King Institute of Preventive Medicine Micro-Biological Section reports 1909-11
Year: 1909
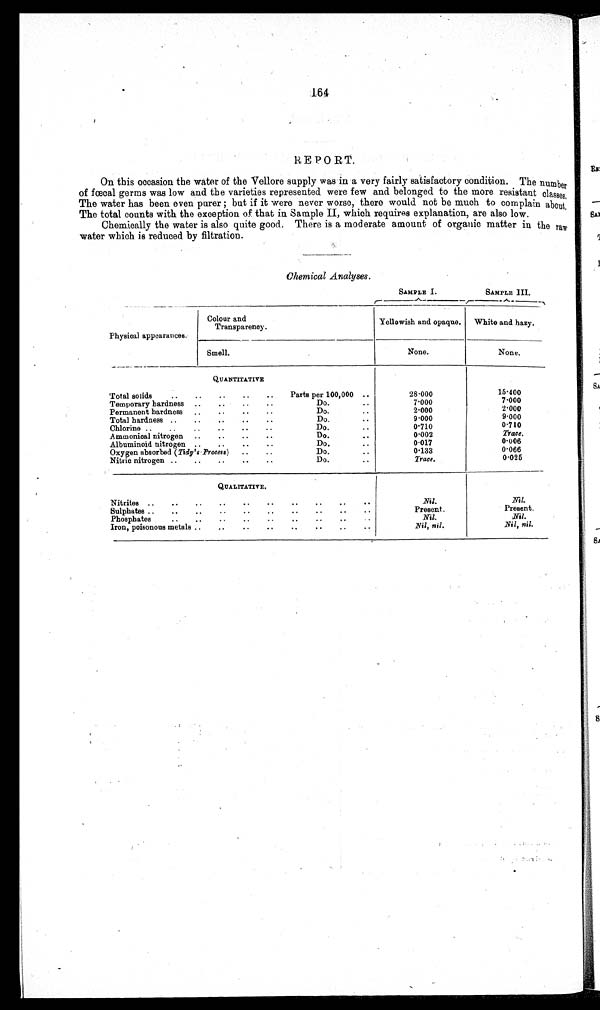
16 4
REPORT.
On this occasion the water of the Vellore supply was in a very fairly satisfactory condition. The number
of fœcal germs was low and the varieties represented were few and belonged to the more resistant classes,
The water has been even purer ; but if it were never worse, there would not be much to complain about,
The total counts with the exception of that in Sample II, which requires explanation, are also low.
Chemically the water is also quite good. There is a moderate amount of organic matter in the raw
water which is reduced by filtration.
Chemical Analyses.
SAMPLE I.
SAMPLE III.
Physical appearances.
Colour and
Transparency.
Yellowish and opaque.
White and hazy.
Smell.
None.
None.
QUANTITATIVE
Total solids
..
..
..
..
..
Parts per 100,000 ..
28·000
15·400
7·000
7·000
Temporary hardness
..
..
..
..
Do...
2·000
2·000
Permanent hardness
..
..
..
..
..
Do...
9·000
9·000
Total hardness ..
..
..
..
..
Do...
0·710
0·710
Chlorine ..
..
..
..
. •
• •
Do...
Trace.
0·002
Ammonical nitrogen
..
..
..
..
Do.
..
0·006
0·017
Albuminoid nitrogen ..
..
..
..
Do.
0·066
0·133
Oxygen absorbed (Tidy's . _Process)
..
..
Do...
0·025
Trace.
Nitric nitrogen ..
..
..
..
Do.
..
QUALITATIVE.
Nitrites ..
..
..
..
..
..
• •
• •
• •
• •
Nil.
Nil.
Present.
Present.
Sulphates ..
..
..
..
..
..
..
• •
• •
• •
Nil.
Nil.
Phosphates
..
..
..
..
..
..
..
. •
Nil, nil.
Nil, nil.
Iron, poisonous metals ..
..
..
..
..
..
..
..